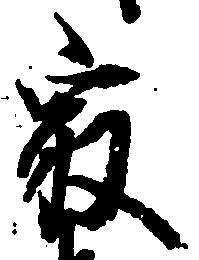
最